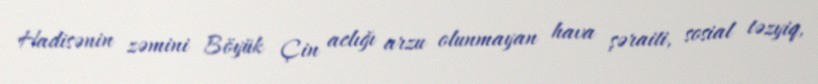
Hadisənin zəmini Böyük Çin aclığı arzu olunmayan hava şəraiti, sosial təzyiq,